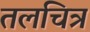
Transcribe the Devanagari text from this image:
तलचित्र